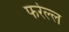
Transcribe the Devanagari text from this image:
फर्रेल्ल